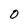
Character: 0